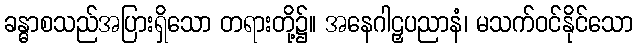
ခန္ဓာစသည်အပြားရှိသော တရားတို့၌။ အနေဂါဠှပညာနံ၊ မသက်ဝင်နိုင်သော